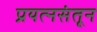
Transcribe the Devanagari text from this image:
प्रयत्‍नसंतून